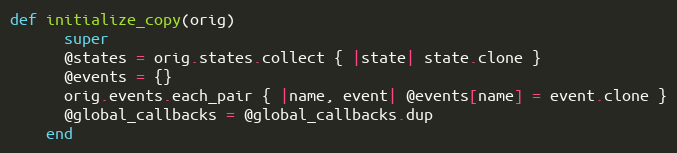
Language: Ruby
def initialize_copy(orig)
      super
      @states = orig.states.collect { |state| state.clone }
      @events = {}
      orig.events.each_pair { |name, event| @events[name] = event.clone }
      @global_callbacks = @global_callbacks.dup
    end